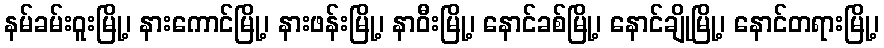
နမ်ခမ်းဝူးမြို့၊ နားကောင်မြို့၊ နားဖန်းမြို့၊ နာဝီးမြို့၊ နောင်ခစ်မြို့၊ နောင်ချိုမြို့၊ နောင်တရားမြို့၊